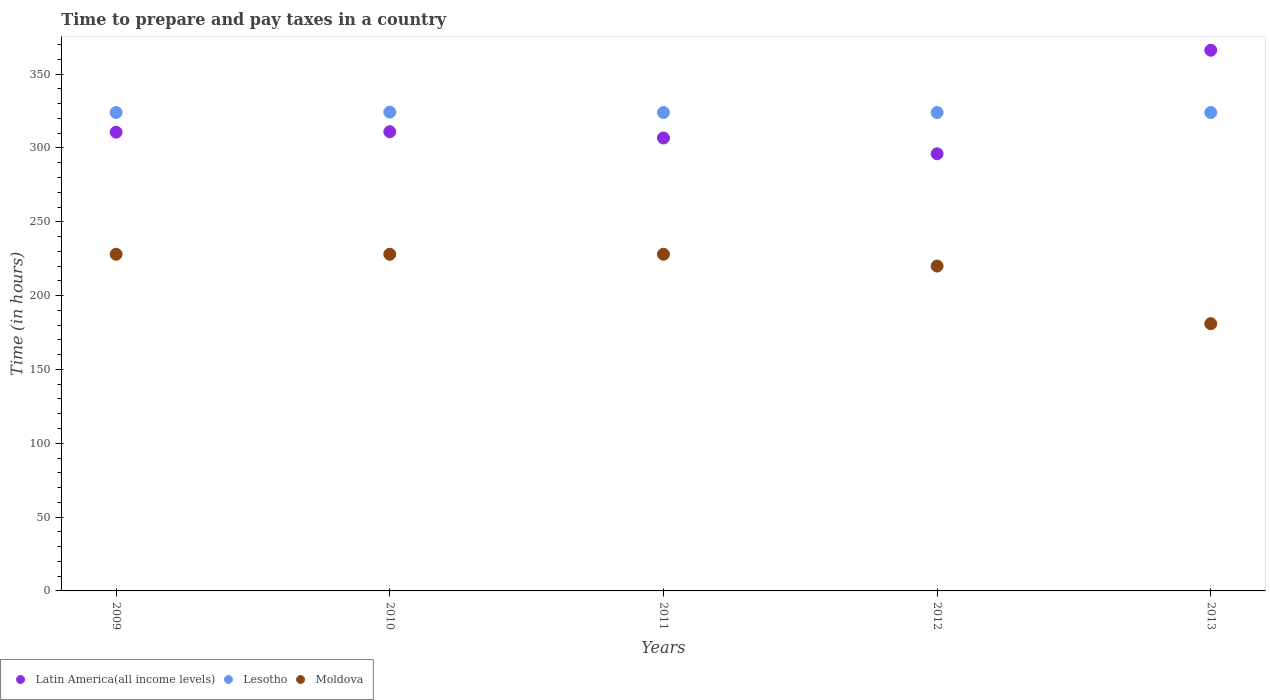
| Years | Latin America(all income levels) | Lesotho | Moldova |
 | --- | --- | --- | --- |
 | 2009 | 311 | 324 | 228 |
 | 2010 | 311 | 324 | 228 |
 | 2011 | 307 | 324 | 228 |
 | 2012 | 296 | 324 | 220 |
 | 2013 | 366 | 324 | 181 |